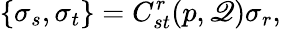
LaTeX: \{ \sigma_{s},\sigma_{t}\} =C_{st}^{r}(p,\mathscr{Q})\sigma_{r},